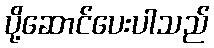
ပို့ဆောင်ပေးပါသည်